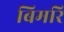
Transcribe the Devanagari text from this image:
बिमरि